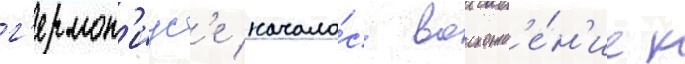
г'ермон'иус'е начало́сь восхожд'е́н'ие к